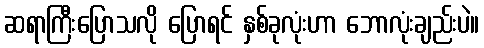
ဆရာကြီးပြောသလို ပြောရင် နှစ်ခုလုံးဟာ ဘောလုံးချည်းပဲ။